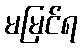
မမြင်ရ